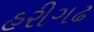
હરીગઢ